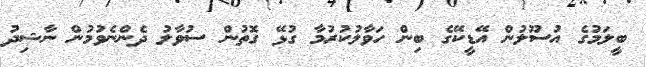
ބީލަމުގެ އުސޫލުން އޭޑީކޭގެ ބިން ހަވާލުކުރުމާ ގުޅޭ ގޮތުން ސުވާލު ދެންނެވުމުން ނާޝިދު